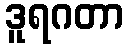
ဒူရဂတာ